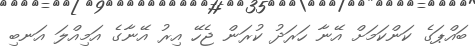
ބައްޕަގެ ކަންކަމަށް އޭނާ ހަރަދު ކުރަން ޖެހޭ އިރު އޭނާގެ އަމިއްލަ އަނބި